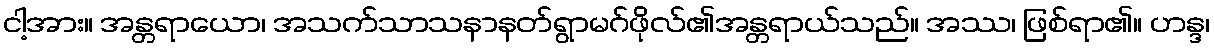
ငါ့အား။ အန္တရာယော၊ အသက်သာသနာနတ်ရွာမဂ်ဖိုလ်၏အန္တရာယ်သည်။ အဿ၊ ဖြစ်ရာ၏။ ဟန္ဒ၊